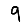
Digit: 9